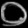
Digit: ၀